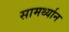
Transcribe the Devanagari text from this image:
सामर्थ्‍यान